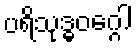
ပရိသုဒ္ဓဝဂ္ဂေါ